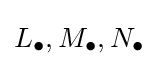
L_{\bullet },M_{\bullet },N_{\bullet }